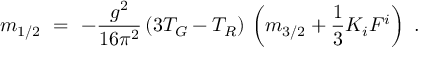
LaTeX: m _ { 1 / 2 } \ = \ - { \frac { g ^ { 2 } } { 1 6 \pi ^ { 2 } } } \, ( 3 T _ { G } - T _ { R } ) \, \left( m _ { 3 / 2 } + { \frac { 1 } { 3 } } K _ { i } F ^ { i } \right) ~ .